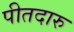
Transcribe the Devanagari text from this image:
पीतदारु